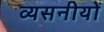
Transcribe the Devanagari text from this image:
व्यसनीयों